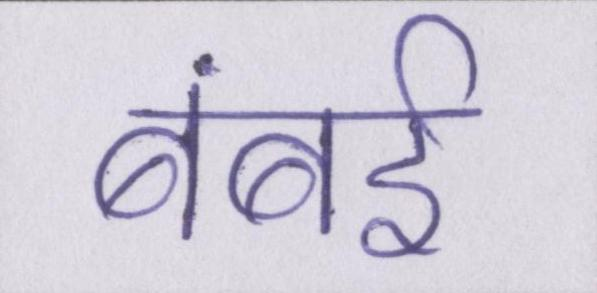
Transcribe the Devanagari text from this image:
बंबई